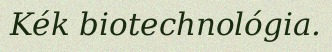
Kék biotechnológia.